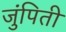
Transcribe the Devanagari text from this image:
जुंपिती